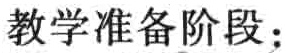
教学准备阶段：